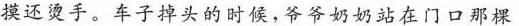
摸还烫手。车子掉头的时候，爷爷奶奶站在门口那棵